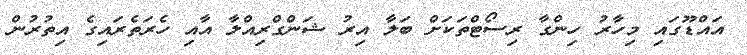
އައްޑޫގައި މިހާރު ހިންގާ ރިސޯޓްތަކަށް ބަލާ އިރު ޝަންގްރިއްލާ އާއި ހެރަތެރައިގެ އިތުރުން